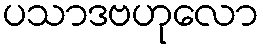
ပသာဒဗဟုလော